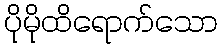
ပိုမိုထိရောက်သော